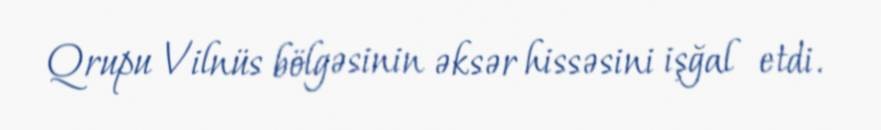
Qrupu Vilnüs bölgəsinin əksər hissəsini işğal etdi.